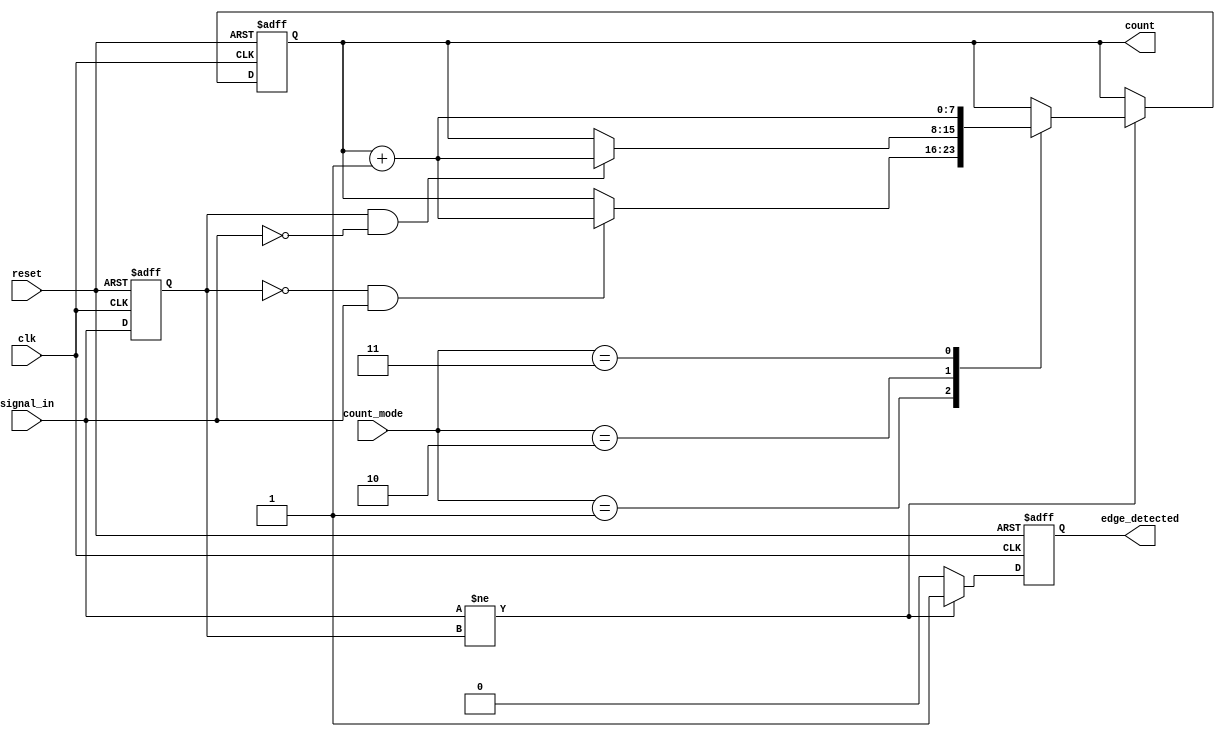
module edge_counter #(
    parameter COUNTER_WIDTH = 8 // Parameter to define the width of the counter
)(
    input wire clk,              // Clock signal
    input wire reset,            // Asynchronous reset signal
    input wire signal_in,        // Input signal to detect edges
    input wire [1:0] count_mode, // Control signal to select counting mode
    output reg [COUNTER_WIDTH-1:0] count, // Counter output
    output reg edge_detected      // Edge detected signal
);

    // State register to hold the previous state of signal_in
    reg signal_in_prev;

    // Edge detection logic and counting
    always @(posedge clk or posedge reset) begin
        if (reset) begin
            count <= 0;               // Reset the counter
            edge_detected <= 0;       // Clear edge detected signal
            signal_in_prev <= 0;      // Initialize previous state
        end else begin
            // Edge detection
            edge_detected <= 0; // Default to no edge detected
            if (signal_in != signal_in_prev) begin
                edge_detected <= 1; // An edge is detected
                // Check the count mode and update the counter accordingly
                case (count_mode)
                    2'b00: begin // Count none
                        // Do nothing
                    end
                    2'b01: begin // Count rising edges
                        if (signal_in_prev == 0 && signal_in == 1) begin
                            count <= count + 1; // Increment for rising edge
                        end
                    end
                    2'b10: begin // Count falling edges
                        if (signal_in_prev == 1 && signal_in == 0) begin
                            count <= count + 1; // Increment for falling edge
                        end
                    end
                    2'b11: begin // Count both edges
                        count <= count + 1; // Increment for any edge
                    end
                endcase
            end
            // Update the previous state
            signal_in_prev <= signal_in;
        end
    end

endmodule